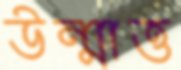
উন্মাত্ত